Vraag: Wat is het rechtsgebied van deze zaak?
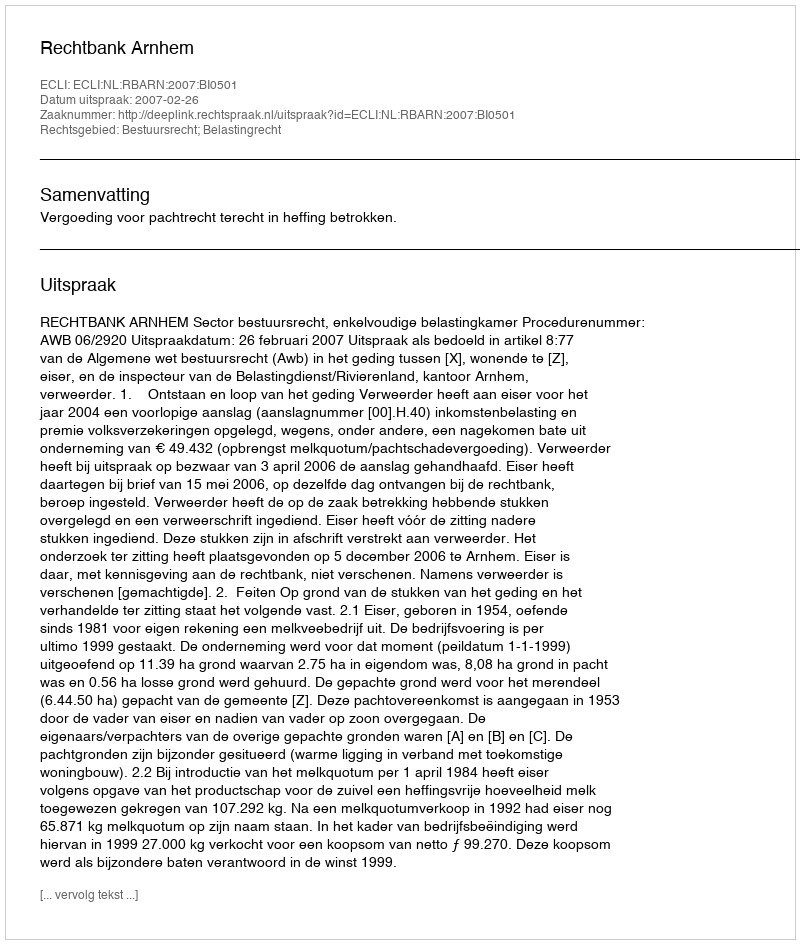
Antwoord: Bestuursrecht; Belastingrecht